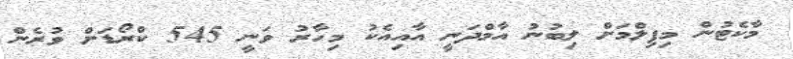
މާކެޓުން މިފިލްމަށް ލިބުނު އާމްދަނީ އާއިއެކު މިހާރު ވަނީ 545 ކްރޯޑަށް ވުރެން